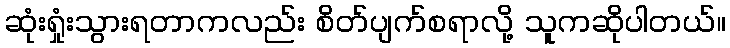
ဆုံးရှုံးသွားရတာကလည်း စိတ်ပျက်စရာလို့ သူကဆိုပါတယ်။